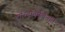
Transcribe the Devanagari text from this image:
दारिद्रनिर्मूलनात